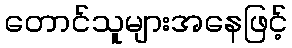
တောင်သူများအနေဖြင့်